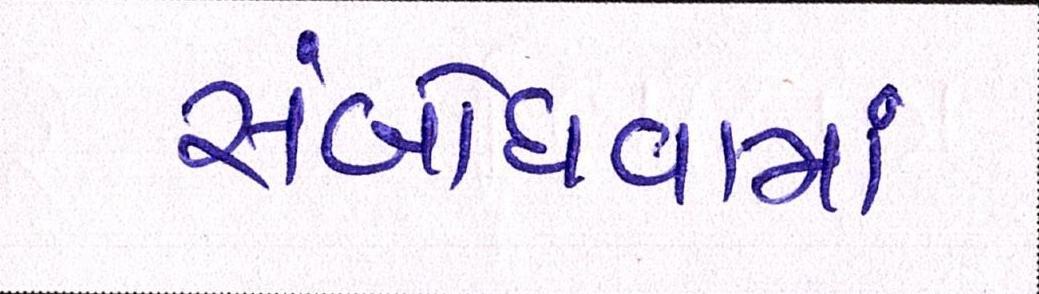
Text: સંબોધવામાં